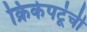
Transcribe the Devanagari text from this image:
क्रिकेपटूंची